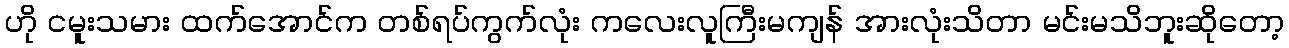
ဟို ငမူးသမား ထက်အောင်က တစ်ရပ်ကွက်လုံး ကလေးလူကြီးမကျန် အားလုံးသိတာ မင်းမသိဘူးဆိုတော့